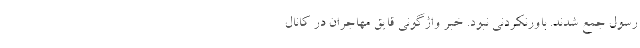
رسول جمع شدند. باورنکردنی نبود. خبر واژگونی قایق مهاجران در کانال